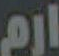
ارم